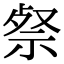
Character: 𮁹